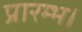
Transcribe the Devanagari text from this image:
प्रारम्‍भ।